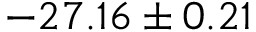
- 2 7 . 1 6 \pm 0 . 2 1